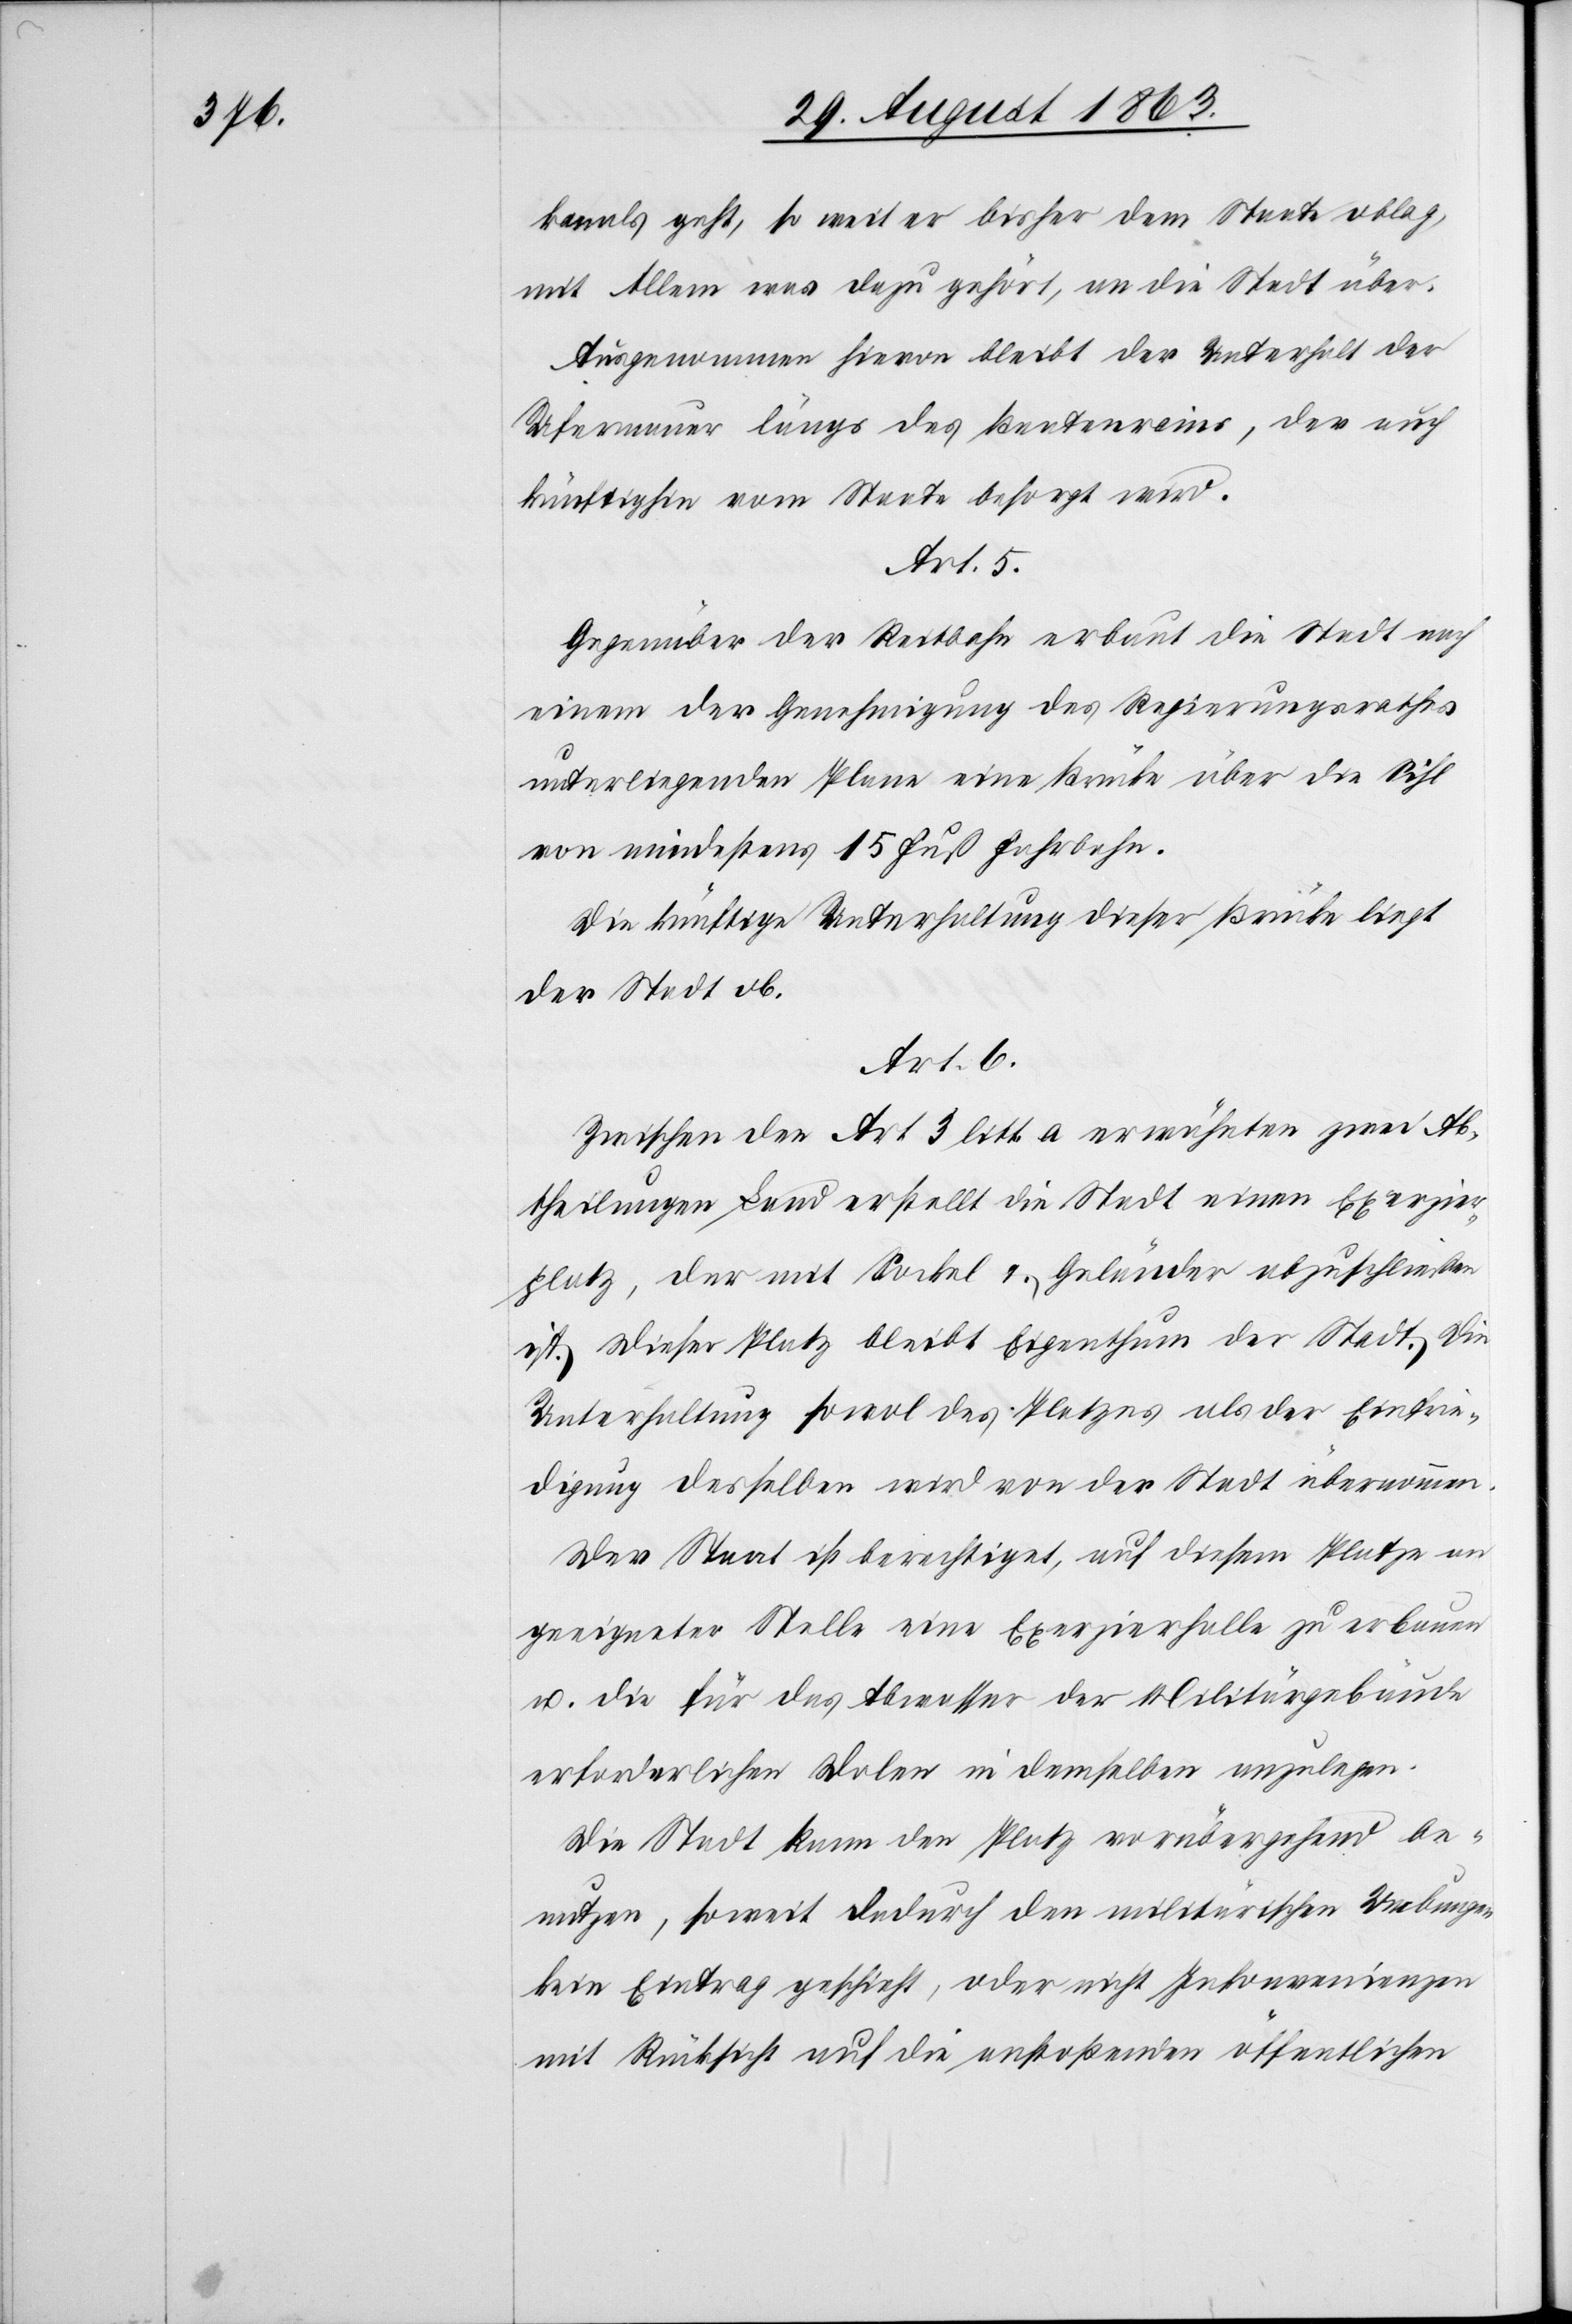
kanals geht, so weit er bisher dem Staate oblag,
mit Allem was dazu gehört, an die Stadt über.
Ausgenommen hievon bleibt der Unterhalt der
Ufermauer längs des Beatenrains, der auch
künftighin vom Staate besorgt wird.
Art. 5.
Gegenüber der Reitbahn erbaut die Stadt nach
einem der Genehmigung des Regierungsrathes
unterliegenden Plane eine Brücke über die Sihl
von mindestens 15 Fuß Fahrbahn.
Die künftige Unterhaltung dieser Brücke liegt
der Stadt ob.
Art. 6.
Zwischen der Art 3 litt. a erwähnten zwei Ab¬
theilungen Land erstellt die Stadt einen Exerzier¬
platz, der mit Sockel & Geländer abzuschließen
ist. Dieser Platz bleibt Eigenthum der Stadt. Die
Unterhaltung sowol des Platzes als der Einfrie¬
digung desselben wird von der Stadt übernommen.
Der Staat ist berechtiget, auf diesem Platze an
geeigneter Stelle eine Exerzierhalle zu erbauen
u. die für das Abwasser der Militärgebäude
erforderlichen Dolen in demselben anzulegen.
Die Stadt kann den Platz vorübergehend be¬
nutzen, soweit dadurch den militärischen Uebungen
kein Eintrag geschieht, oder nicht Inkonvenienzen
mit Rücksicht auf die anstoßenden öffentlichen